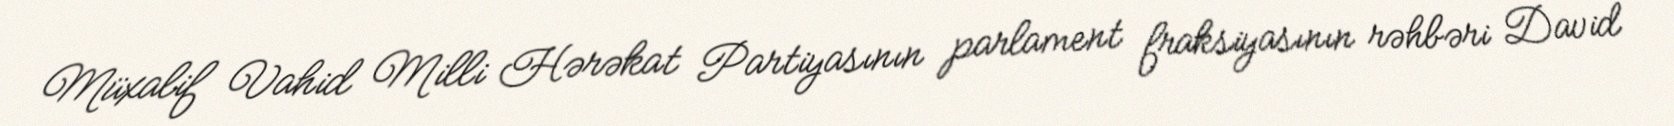
Müxalif Vahid Milli Hərəkat Partiyasının parlament fraksiyasının rəhbəri David